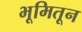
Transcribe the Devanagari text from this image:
भूमितून